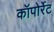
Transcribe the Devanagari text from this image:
कॉपोर्रेट